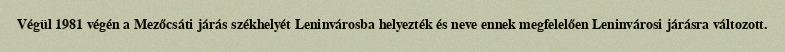
Végül 1981 végén a Mezőcsáti járás székhelyét Leninvárosba helyezték és neve ennek megfelelően Leninvárosi járásra változott.